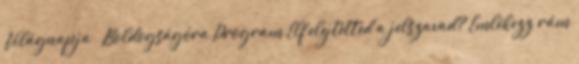
Világnapja – Boldogságóra Program Elfelejtetted a jelszavad? Emlékezz rám